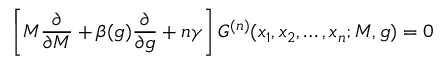
\left[ M { \frac { \partial } { \partial M } } + \beta ( g ) { \frac { \partial } { \partial g } } + n \gamma \right] G ^ { ( n ) } ( x _ { 1 } , x _ { 2 } , \ldots , x _ { n } ; M , g ) = 0